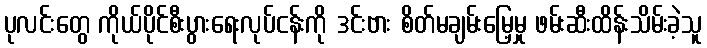
ပုလင်းတွေ ကိုယ်ပိုင်စီးပွားရေးလုပ်ငန်းကို ဒင်းဗား စိတ်မချမ်းမြေ့မှု ဖမ်းဆီးထိန်းသိမ်းခဲ့သူ